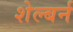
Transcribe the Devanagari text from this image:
शेल्बर्न